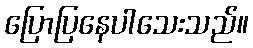
ပြောပြနေပါသေးသည်။